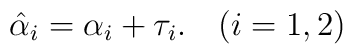
\hat \alpha_i = \alpha_i + \tau_i. \quad (i=1,2)